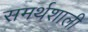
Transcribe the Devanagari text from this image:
समर्थशाली